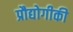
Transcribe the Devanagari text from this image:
प्रौद्योगीकी